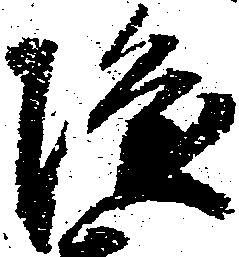
隆